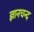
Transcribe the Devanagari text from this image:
ज्ञानचन्द